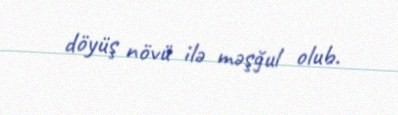
döyüş növü ilə məşğul olub.